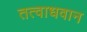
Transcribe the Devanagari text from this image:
तत्वाधवान